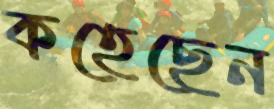
কহেছেন